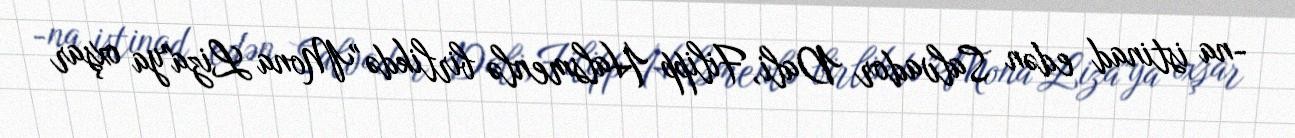
-na istinad edən Salvador Dali, Filipp Halsmenlə birlikdə "Mona Liza"ya oxşar